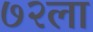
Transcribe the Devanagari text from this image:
७२ला